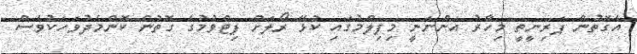
އެގޮތުން ޕަރިނީތީ މިހާރު އަންނަނީ މިފިލްމުގައި ކުޅޭ ރޯލަށް ފިޓްވުމުގެ ގޮތުން ކޮންމެދުވަހަކުވެސް